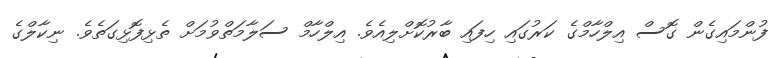
ފުންމައިގެން ގޮސް އިލްހާމްގެ ކަރުގައި ހިފައި ބާރުކޮށްލިއެވެ. އިލްހާމް ސަލާމަތްވުމަށް ތެޅިފޮޅިގަތެވެ. ނިކާލްގެ